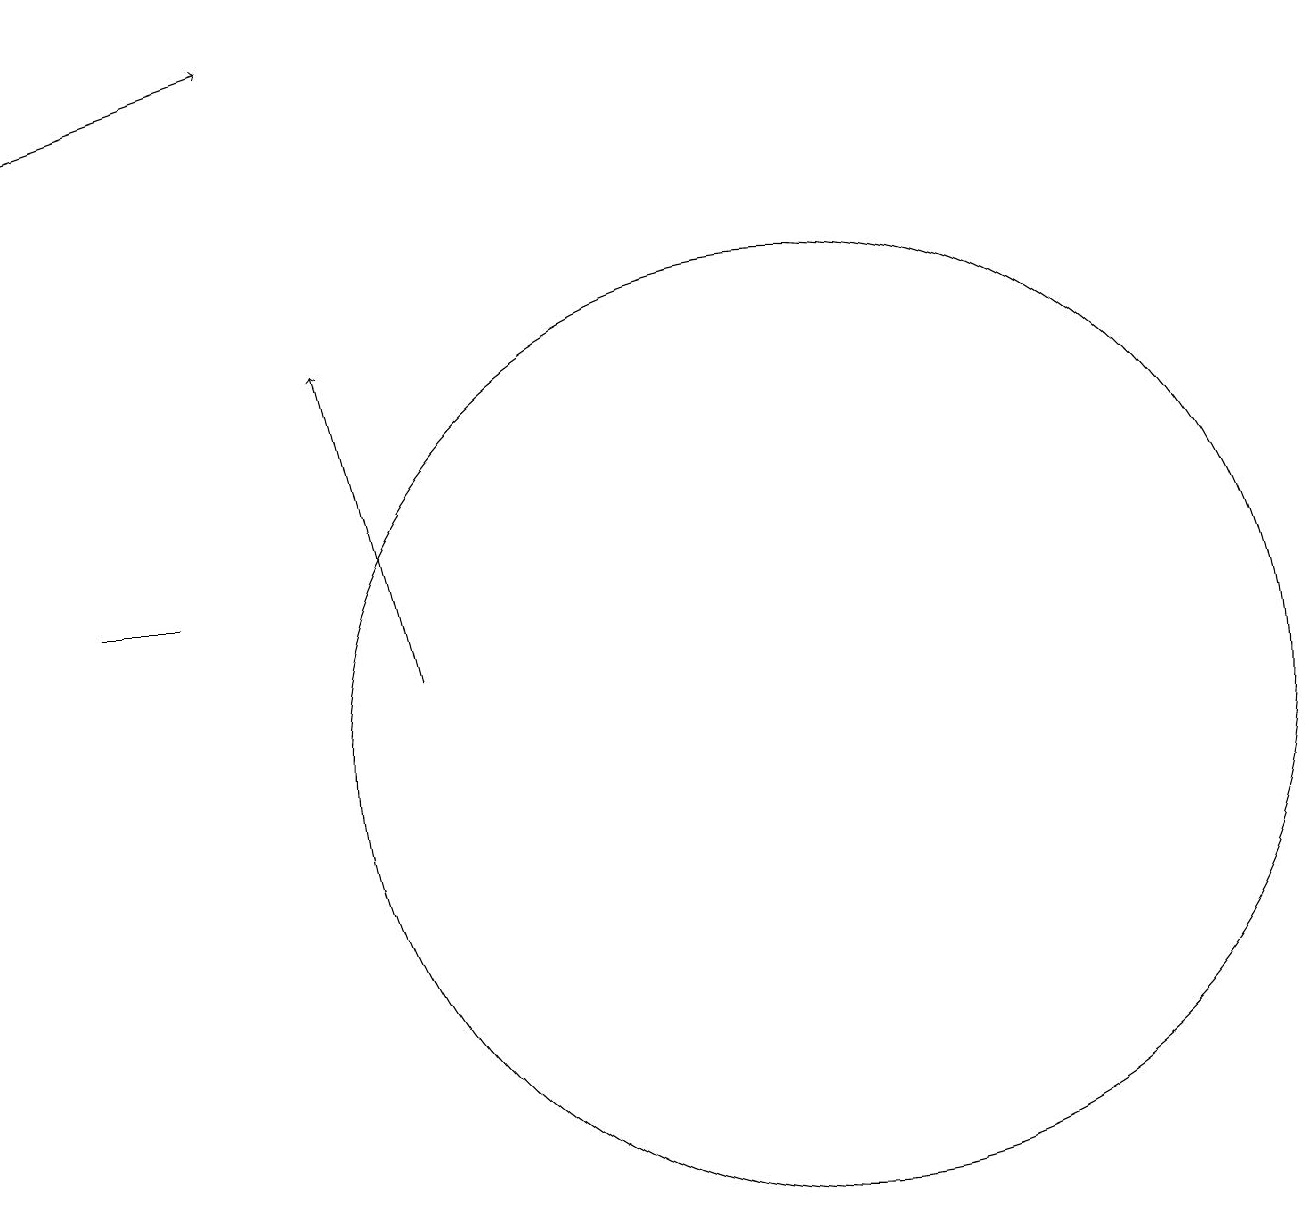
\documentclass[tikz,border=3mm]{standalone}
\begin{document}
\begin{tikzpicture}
\draw (1,12) rectangle (2,12);
\draw[->] (5,11) -- (4,15);
\draw (10,10) circle (6);
\draw[->] (0,18) -- (3,19);
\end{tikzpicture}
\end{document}